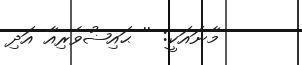
މާނައަކީ: '' ޙައިޟުވެރިއާ އަދި